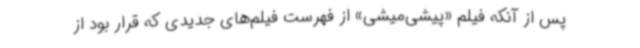
پس از آنکه فیلم «پیشی‌میشی» از فهرست فیلم‌های جدیدی که قرار بود از